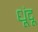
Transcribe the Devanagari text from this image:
धूंदू